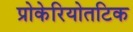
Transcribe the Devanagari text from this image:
प्रोकेरियोतटिक